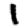
Digit: 1